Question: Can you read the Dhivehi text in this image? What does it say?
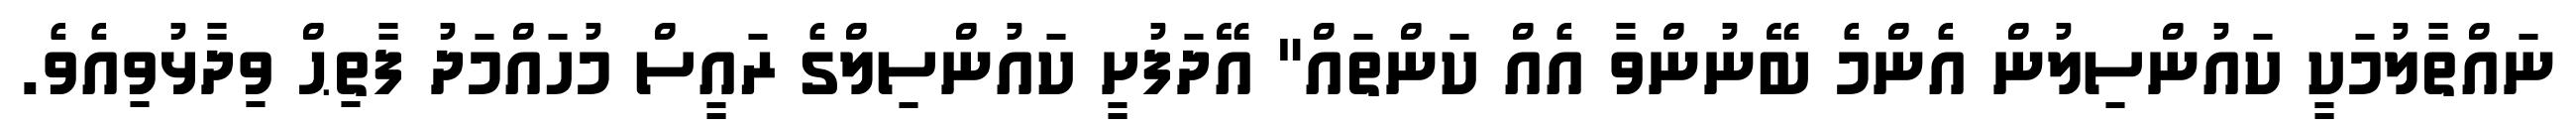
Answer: ނައްތާލުމަކީ ކައުންސިލުން އެންމެ ބޭނުންވާ އެއް ކަންތައް" އޭދަފުށީ ކައުންސިލްގެ ރައީސް މުހައްމަދު ފާތިޙް ވިދާޅުވިއެވެ.